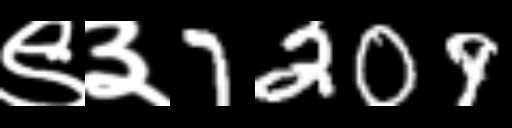
Text: ९३7209